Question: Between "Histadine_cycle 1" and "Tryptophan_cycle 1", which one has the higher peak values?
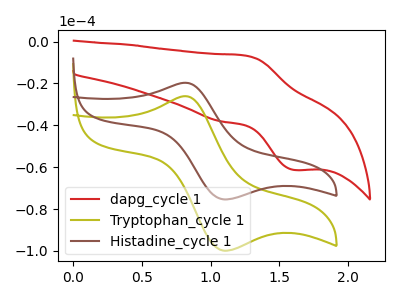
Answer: <think>The red curve "dapg_cycle 1" has an anodic peak at (1.25V, -6.60uA) and a cathodic peak at (1.60V, -61.35uA). The olive curve "Tryptophan_cycle 1" has an anodic peak at (0.80V, -26.10uA) and a cathodic peak at (1.10V, -99.85uA). The brown curve "Histadine_cycle 1" has an anodic peak at (0.80V, -19.70uA) and a cathodic peak at (1.10V, -75.35uA).</think>
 <answer>The peaks in "Histadine_cycle 1" are neither all higher or all lower than the peaks in "Tryptophan_cycle 1".</answer>
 <eval>mixed</eval>